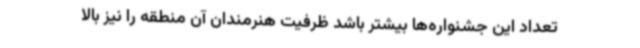
تعداد این جشنواره‌ها بیشتر باشد ظرفیت هنرمندان آن منطقه را نیز بالا